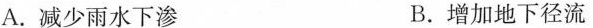
A.减少雨水下渗 B.增加地下径流